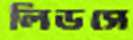
লিডসে